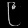
Digit: ၉